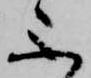
不